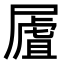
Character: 𡳆